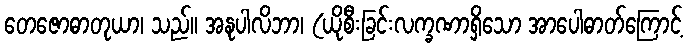
တေဇောဓာတုယာ၊ သည်။ အနုပါလိဘာ၊ (ယိုစီးခြင်းလက္ခဏာရှိသော အာပေါဓာတ်ကြောင့်